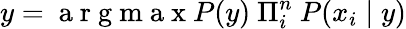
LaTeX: y=\mathrm{~a~r~g~m~a~x~}P(y)~\Pi_{i}^{n}~P(x_{i}\mid y)